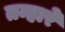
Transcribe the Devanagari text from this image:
तम्हारे